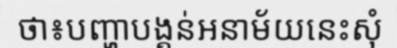
ថា៖បញ្ហាបង្គន់អនាម័យនេះសុំ